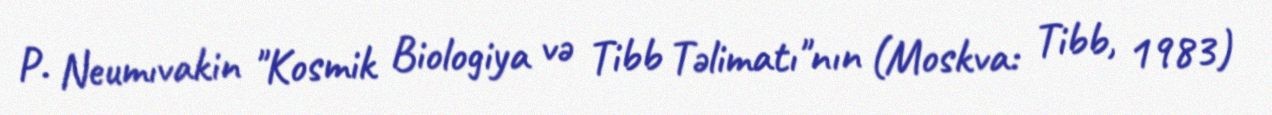
P. Neumıvakin "Kosmik Biologiya və Tibb Təlimatı"nın (Moskva: Tibb, 1983)